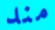
مند